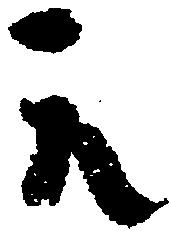
元